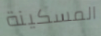
المسكينة